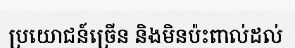
ប្រយោជន៍ច្រើន និងមិនប៉ះពាល់ដល់